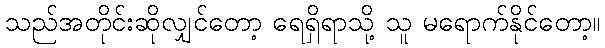
သည်အတိုင်းဆိုလျှင်တော့ ရေရှိရာသို့ သူ မရောက်နိုင်တော့။